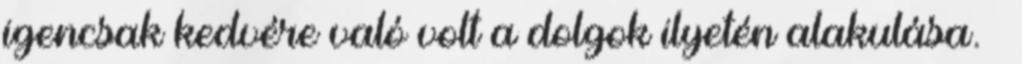
igencsak kedvére való volt a dolgok ilyetén alakulása. –